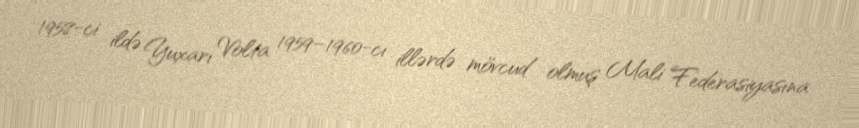
1958-ci ildə Yuxarı Volta 1959–1960-cı illərdə mövcud olmuş Mali Federasiyasına